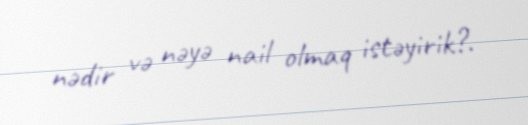
nədir və nəyə nail olmaq istəyirik?.